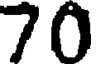
70